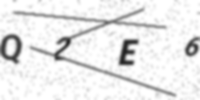
Text: Q2E6